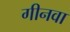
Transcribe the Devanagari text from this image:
गीनवा